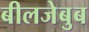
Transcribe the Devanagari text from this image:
बीलजेबुब